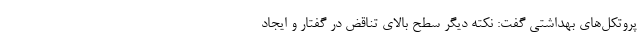
پروتکل‌های بهداشتی گفت: نکته دیگر سطح بالای تناقض در گفتار و ایجاد